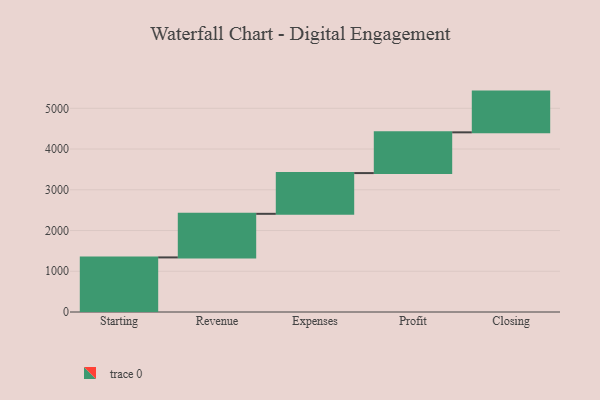
{"axis": {"x": "Step", "y": "Value"}, "legend": [""], "data": [{"x": "Starting", "y": 1340.0, "type": ""}, {"x": "Revenue", "y": 1070.0, "type": ""}, {"x": "Expenses", "y": 1000, "type": ""}, {"x": "Profit", "y": 1000, "type": ""}, {"x": "Closing", "y": 1000, "type": ""}]}